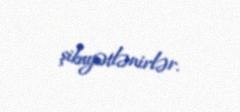
şikayətlənirlər.